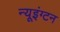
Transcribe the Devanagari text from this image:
न्यूइंग्टन